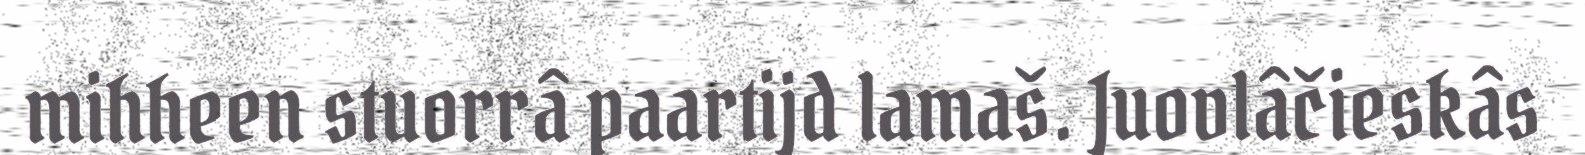
mihheen stuorrâ paartijd lamaš. Juovlâčieskâs